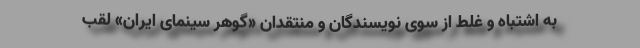
به اشتباه و‌ غلط از سوی نویسندگان و منتقدان «گوهر سینمای ایران» لقب